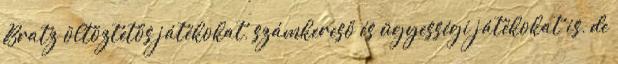
Bratz öltöztetős játékokat, számkereső és ügyességi játékokat is, de